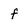
Character: f